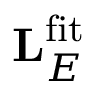
\mathbf { L } _ { E } ^ { \mathrm { f i t } }